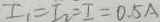
I _ { 1 } = I _ { 2 } = I = 0 . 5 A